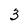
Character: 3